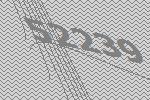
52239